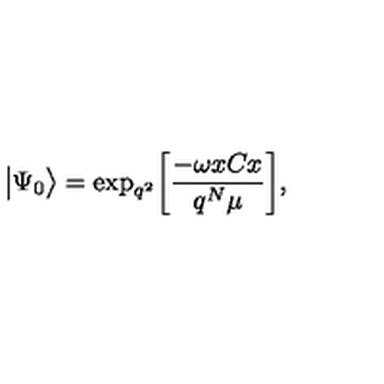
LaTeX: \big | \Psi _ { 0 } \big > = \mathrm { e x p } _ { q ^ { 2 } } \bigg [ { \frac { - \omega x C x } { q ^ { N } \mu } } \bigg ] ,